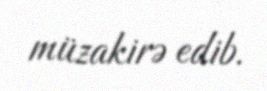
müzakirə edib.